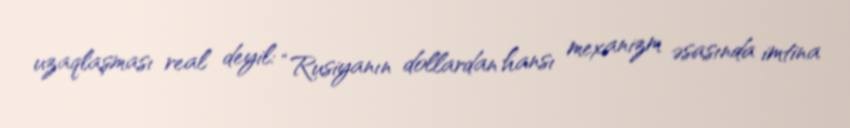
uzaqlaşması real deyil: “Rusiyanın dollardan hansı mexanizm əsasında imtina